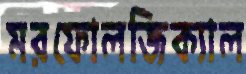
মরফোলজিক্যাল